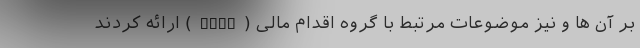
بر آن ها و نیز موضوعات مرتبط با گروه اقدام‌ مالی (FATF) ارائه کردند